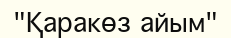
"Қаракөз айым"